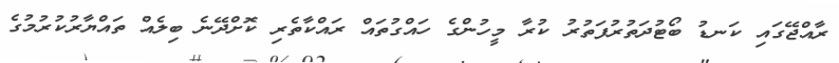
ރާއްޖޭގައި ކަނޑު ބޯޓުދަތުރުފަތުރު ކުރާ މީހުންގެ ހައްގުތައް ރައްކާތެރި ކޮށްދޭނެ ބިލެއް ތައްޔާރުކުރުމުގެ